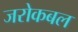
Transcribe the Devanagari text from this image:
जरोकबल